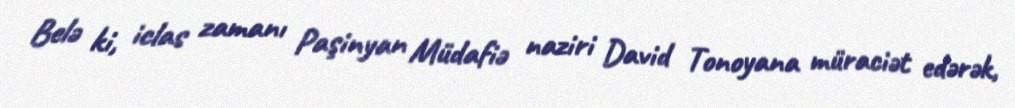
Belə ki, iclas zamanı Paşinyan Müdafiə naziri David Tonoyana müraciət edərək,